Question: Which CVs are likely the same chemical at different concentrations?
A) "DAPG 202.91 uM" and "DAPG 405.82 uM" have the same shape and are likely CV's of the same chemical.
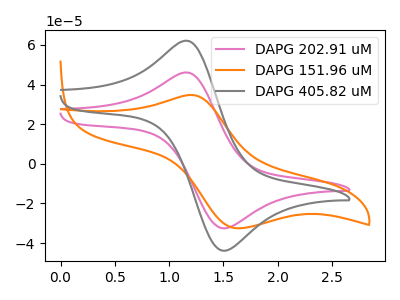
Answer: <think>The pink curve "DAPG 202.91 uM" has an anodic peak at (1.20V, 45.90uA) and a cathodic peak at (1.50V, -32.55uA). The orange curve "DAPG 151.96 uM" has an anodic peak at (1.20V, 34.70uA) and a cathodic peak at (1.65V, -32.55uA). The gray curve "DAPG 405.82 uM" has an anodic peak at (1.20V, 61.85uA) and a cathodic peak at (1.50V, -43.90uA).
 "DAPG 202.91 uM" and "DAPG 151.96 uM" have at least one peak that do not match. All the peaks in "DAPG 202.91 uM" have a peak in "DAPG 405.82 uM" at the same potential. Every peak in "DAPG 202.91 uM" is lower than every peak in "DAPG 405.82 uM". "DAPG 151.96 uM" and "DAPG 405.82 uM" have at least one peak that do not match.</think>
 <answer>A) "DAPG 202.91 uM" and "DAPG 405.82 uM" have the same shape and are likely CV's of the same chemical.</answer>
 <eval>A</eval>